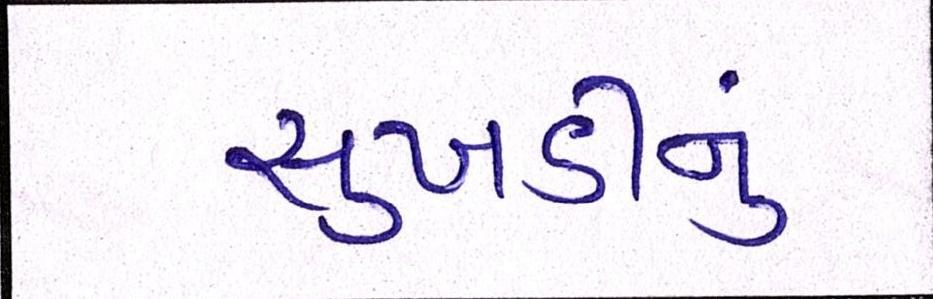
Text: સુખડીનું